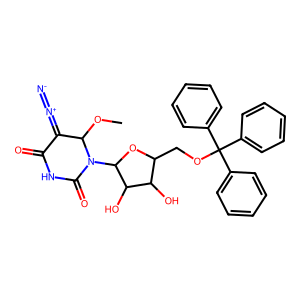
SMILES: COC1C(=[N+]=[N-])C(=O)NC(=O)N1C1OC(COC(c2ccccc2)(c2ccccc2)c2ccccc2)C(O)C1O
Inhibits HIV replication: No